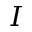
I